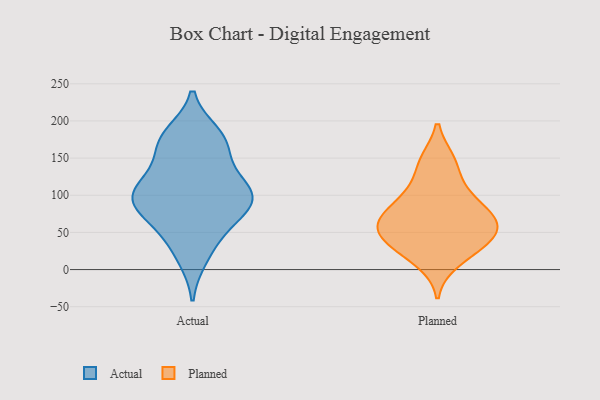
{"axis": {"x": "Budget (USD K)", "y": "Value"}, "legend": ["Actual", "Planned"], "data": [{"x": "", "y": 112, "type": "Actual"}, {"x": "", "y": 15, "type": "Actual"}, {"x": "", "y": 88, "type": "Actual"}, {"x": "", "y": 175, "type": "Actual"}, {"x": "", "y": 89, "type": "Actual"}, {"x": "", "y": 93, "type": "Actual"}, {"x": "", "y": 107, "type": "Actual"}, {"x": "", "y": 172, "type": "Actual"}, {"x": "", "y": 88, "type": "Actual"}, {"x": "", "y": 45, "type": "Actual"}, {"x": "", "y": 183, "type": "Actual"}, {"x": "", "y": 60, "type": "Actual"}, {"x": "", "y": 149, "type": "Actual"}, {"x": "", "y": 122, "type": "Actual"}, {"x": "", "y": 73, "type": "Planned"}, {"x": "", "y": 64, "type": "Planned"}, {"x": "", "y": 60, "type": "Planned"}, {"x": "", "y": 39, "type": "Planned"}, {"x": "", "y": 111, "type": "Planned"}, {"x": "", "y": 57, "type": "Planned"}, {"x": "", "y": 25, "type": "Planned"}, {"x": "", "y": 97, "type": "Planned"}, {"x": "", "y": 87, "type": "Planned"}, {"x": "", "y": 68, "type": "Planned"}, {"x": "", "y": 11, "type": "Planned"}, {"x": "", "y": 145, "type": "Planned"}, {"x": "", "y": 44, "type": "Planned"}, {"x": "", "y": 37, "type": "Planned"}, {"x": "", "y": 146, "type": "Planned"}]}